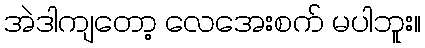
အဲဒါကျတော့ လေအေးစက် မပါဘူး။